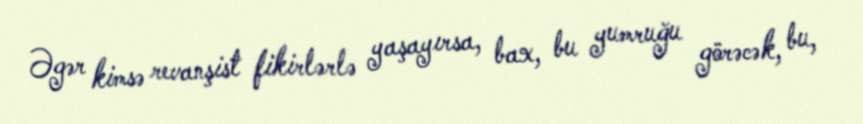
Əgər kimsə revanşist fikirlərlə yaşayırsa, bax, bu yumruğu görəcək, bu,